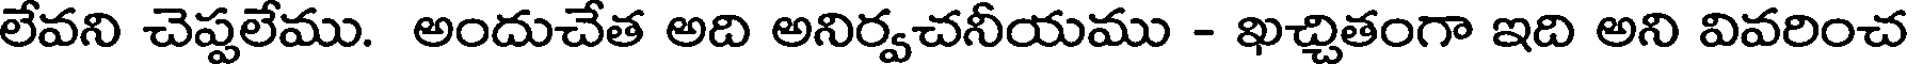
లేవని చెప్పలేము. అందుచేత అది అనిర్వచనీయము - ఖచ్చితంగా ఇది అని వివరించ